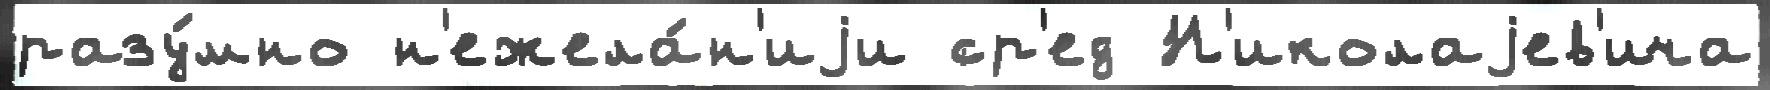
разу́мно н'ежела́н'иjи ср'ед Н'иколаjев'ича